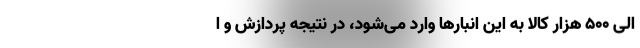
الی 500 هزار کالا به این انبارها وارد می‌شود، در نتیجه پردازش و ا